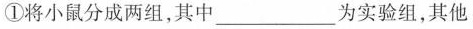
①将小鼠分成两组，其中___为实验组，其他